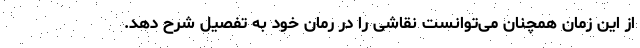
از این زمان همچنان می‌توانست نقاشی را در رمان خود به تفصیل شرح دهد.